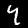
Digit: 4